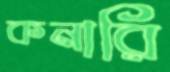
কনারি